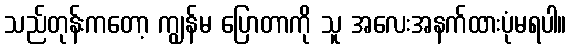
သည်တုန်းကတော့ ကျွန်မ ပြောတာကို သူ အလေးအနက်ထားပုံမရပါ။